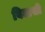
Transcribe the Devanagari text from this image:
बिदासी